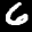
Label: 6